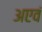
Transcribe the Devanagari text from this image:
अएवं